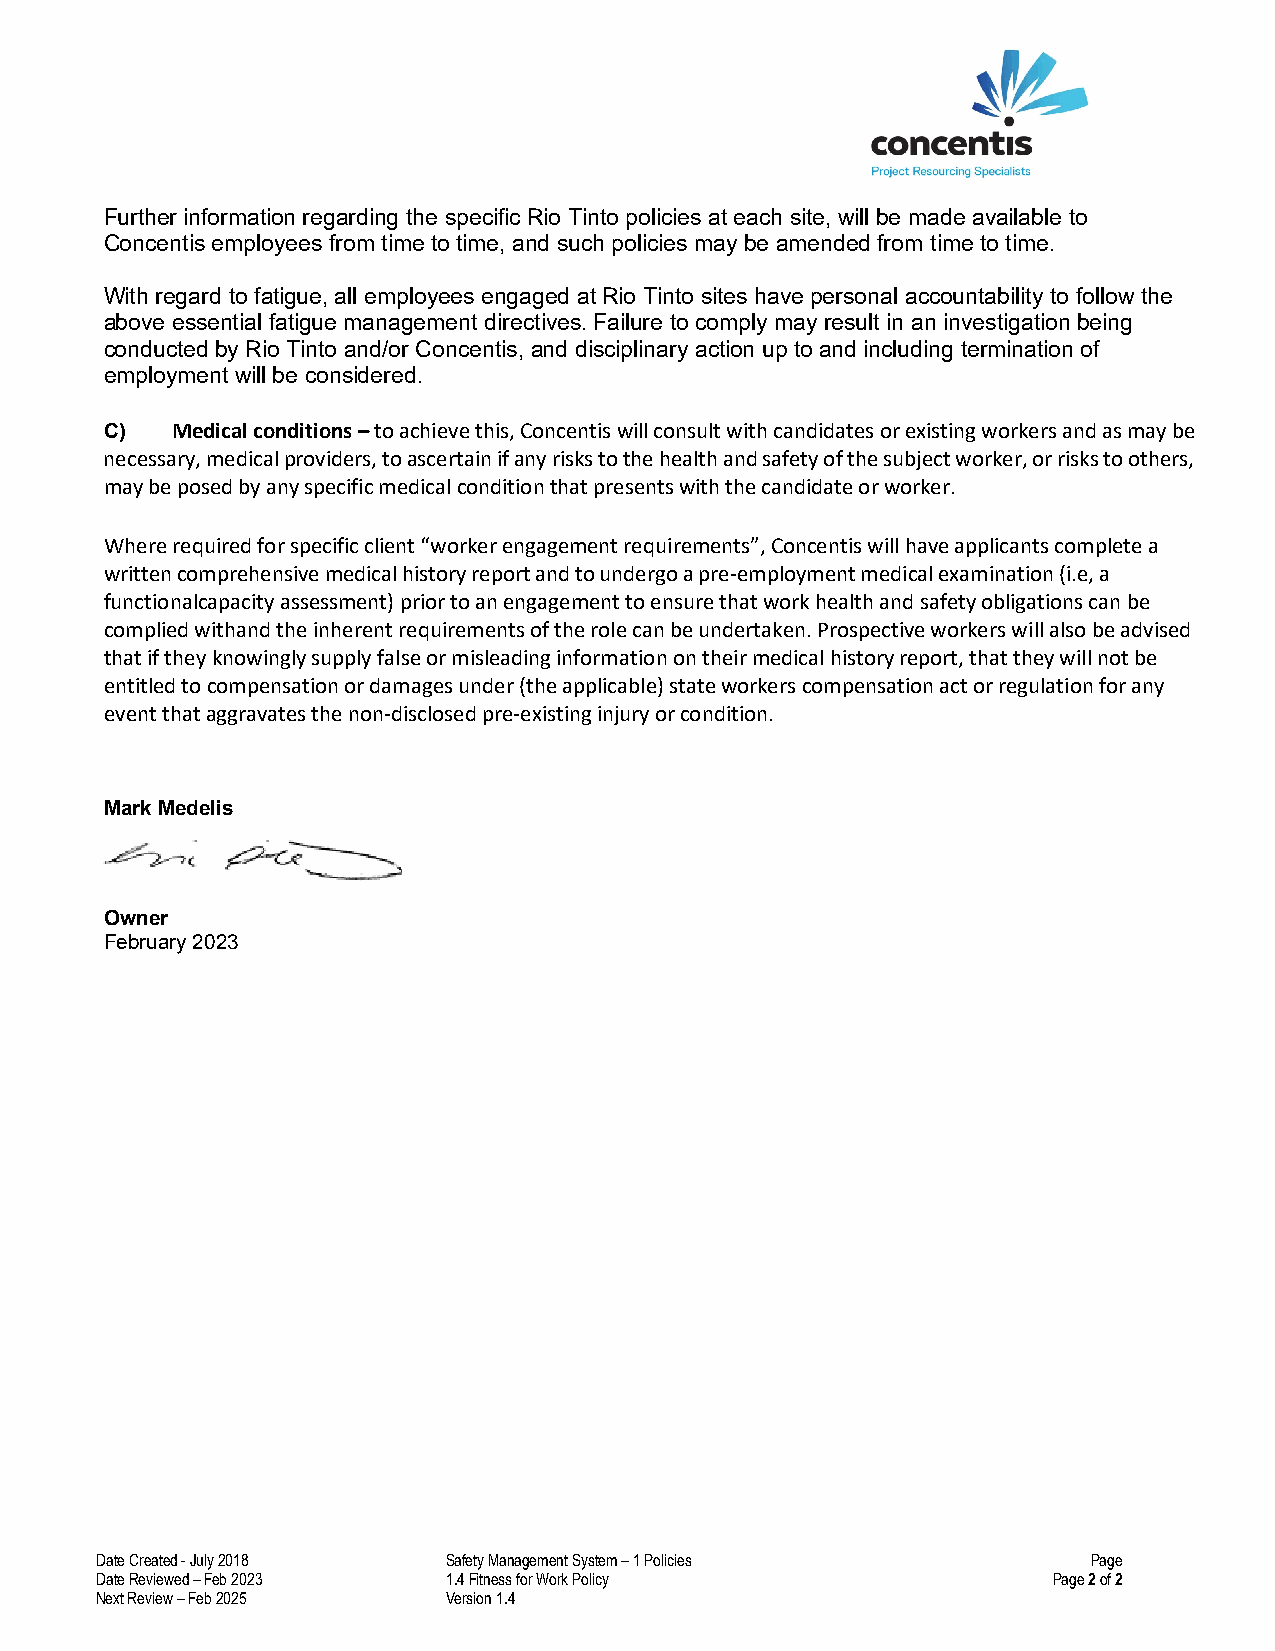
Further information regarding the specific Rio Tinto policies at each site, will be made available to
 Concentis employees from time to time, and such policies may be amended from time to time.
 With regard to fatigue, all employees engaged at Rio Tinto sites have personal accountability to follow the
 above essential fatigue management directives. Failure to comply may result in an investigation being
 conducted by Rio Tinto and/or Concentis, and disciplinary action up to and including termination of
 employment will be considered.
 C)  Medical conditions – to achieve this, Concentis will consult with candidates or existing workers and as may be
 necessary, medical providers, to ascertain if any risks to the health and safety of the subject worker, or risks to others,
 may be posed by any specific medical condition that presents with the candidate or worker.
 Where required for specific client “worker engagement requirements”, Concentis will have applicants complete a
 written comprehensive medical history report and to undergo a pre-employment medical examination (i.e, a
 functional capacity assessment) prior to an engagement to ensure that work health and safety obligations can be
 complied with and the inherent requirements of the role can be undertaken. Prospective workers will also be advised
 that if they knowingly supply false or misleading information on their medical history report, that they will not be
 entitled to compensation or damages under (the applicable) state workers compensation act or regulation for any
 event that aggravates the non-disclosed pre-existing injury or condition.
 Mark Medelis
 Owner
 February 2023
 Date Created - July 2018 Safety Management System – 1 Policies    Page
 Date Reviewed – Feb 2023 1.4 Fitness for Work Policy            Page 2 of 2
 Next Review – Feb 2025  Version 1.4